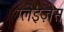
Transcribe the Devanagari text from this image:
ग्लेइज़ेस